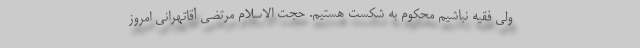
ولی فقیه نباشیم محکوم به شکست هستیم. حجت الاسلام مرتضی آقاتهرانی امروز